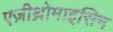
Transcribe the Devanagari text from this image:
एज़ीथ्रोमाइसिन